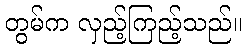
တွမ်က လှည့်ကြည့်သည်။